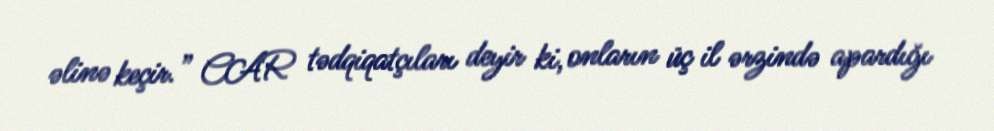
əlinə keçir.” CAR tədqiqatçıları deyir ki, onların üç il ərzində apardığı